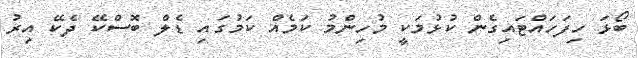
ބޯޅަ ހިފަހައްޓައިގެން ކުޅުމަކީ މުހިންމު ކަމެއް ކަމުގައި ޑެލް ބޮސްކޭ ދެކޭ އިރު